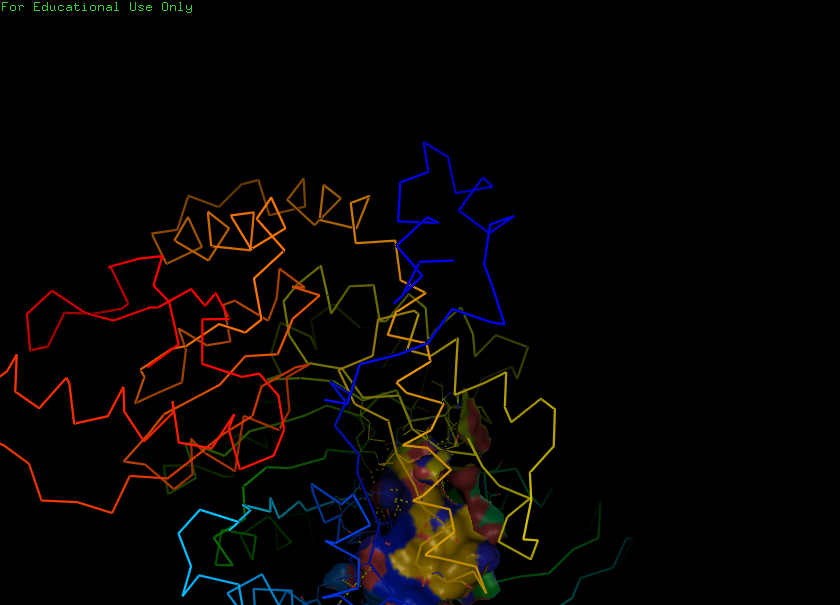
pymol, preset, ligand_sites_hq